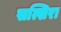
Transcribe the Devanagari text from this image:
सत्खिरा